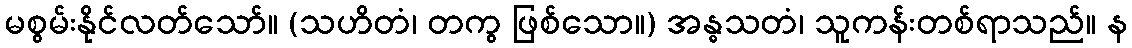
မစွမ်းနိုင်လတ်သော်။ (သဟိတံ၊ တကွ ဖြစ်သော။) အန္ဓသတံ၊ သူကန်းတစ်ရာသည်။ န